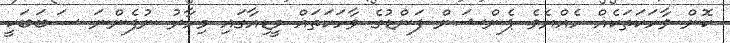
ކޮން ވާހަކަތަކެއް ހެއްޔެވެ ޕެންޝަން ފަންޑުގެ ވާހަކަތައް މީޑިއާގައި މިހާރު ނުފެންނަ ސަބަބަކީ